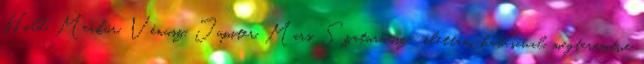
Hold, Merkúr, Vénusz, Jupiter, Mars, Szaturnusz- élettani hatásával, megteremtve